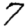
Digit: 7